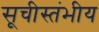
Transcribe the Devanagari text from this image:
सूचीस्तंभीय